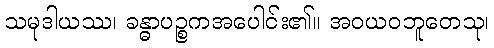
သမုဒါယဿ၊ ခန္ဓာပဉ္စကအပေါင်း၏။ အဝယဝဘူတေသု၊